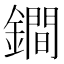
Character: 鐧